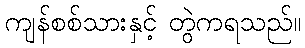
ကျန်စစ်သားနှင့် တွဲကရသည်။